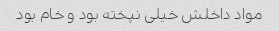
مواد داخلش خیلی نپخته بود و خام بود